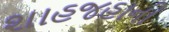
શાહજહાની